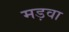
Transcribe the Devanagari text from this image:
मड़वा